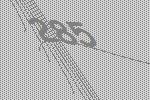
285